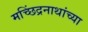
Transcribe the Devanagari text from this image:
मच्छिंद्रनाथांच्या